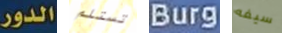
الدور تستلم Burg سيفه